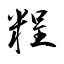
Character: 𥺆